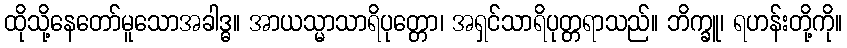
ထိုသို့နေတော်မူသောအခါဒ္ဓ။ အာယသ္မာသာရိပုတ္တော၊ အရှင်သာရိပုတ္တရာသည်။ ဘိက္ခူ၊ ရဟန်းတို့ကို။